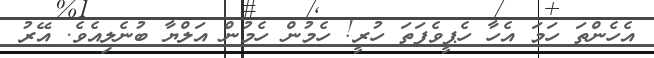
އެހެންތަ ހަމަ އެހާ ހެޕީވެފަތަ ހުރީ! ހެމުން ހެމުން އަލްޔާ ބުނެލިއެވެ. އޭރު